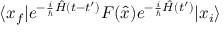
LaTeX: \langle x _ { f } | e ^ { - { \frac { i } { \hbar } } { \hat { H } } ( t - t ^ { \prime } ) } F ( { \hat { x } } ) e ^ { - { \frac { i } { \hbar } } { \hat { H } } ( t ^ { \prime } ) } | x _ { i } \rangle